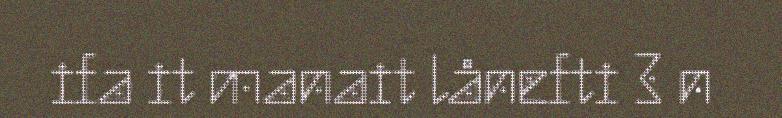
ifa it manait lånefti 3 n